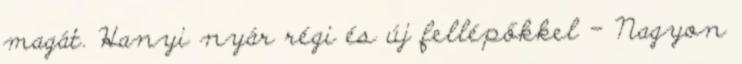
magát. Hanyi nyár régi és új fellépőkkel – Nagyon